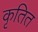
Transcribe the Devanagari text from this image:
कृतित